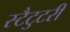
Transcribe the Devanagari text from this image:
स्टैटुटरी